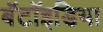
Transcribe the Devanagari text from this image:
बॅटॉइडिया